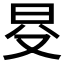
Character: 𣅝